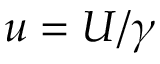
u = U / \gamma